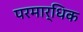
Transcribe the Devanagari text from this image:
परमार्धिक